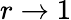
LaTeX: r\rightarrow 1